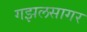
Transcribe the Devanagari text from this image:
गझलसागर